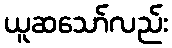
ယူဆသော်လည်း